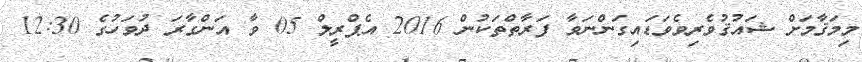
މިމަޤާމަށް ޝައުޤުވެރިވެވަޑައިގަންނަވާ ފަރާތްތަކުން 2016 އެޕްރީލް 05 ވާ އަންގާރަ ދުވަހުގެ 12:30